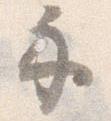
示